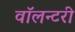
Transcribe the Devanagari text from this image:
वॉलन्टरी